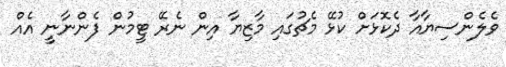
ވެލެންސިޔާއާ ދެކޮޅަށް ކުޅޭ މެޗުގައި މާޒިޔާ އިން ނެރޭ ޓީމުން ފެންނާނީ އެއް